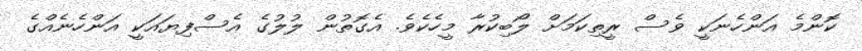
ކޮންމެ އަންހެނަކީ ވެސް ރީތިކަމަށް ލޯބިކުރާ މީހެކެވެ. އެގޮތުން ލުލުގެ އެސްފިޔައަކީ އަންހެނެއްގެ